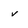
Character: v